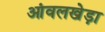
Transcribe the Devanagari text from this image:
आंवलखेड़ा